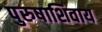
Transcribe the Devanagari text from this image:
पुरुषाशिवाय